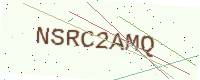
Text: NSRC2AMQ